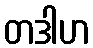
တဒါဟ